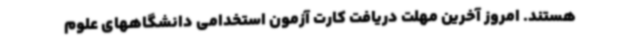
هستند. امروز آخرین مهلت دریافت کارت آزمون استخدامی دانشگاههای علوم